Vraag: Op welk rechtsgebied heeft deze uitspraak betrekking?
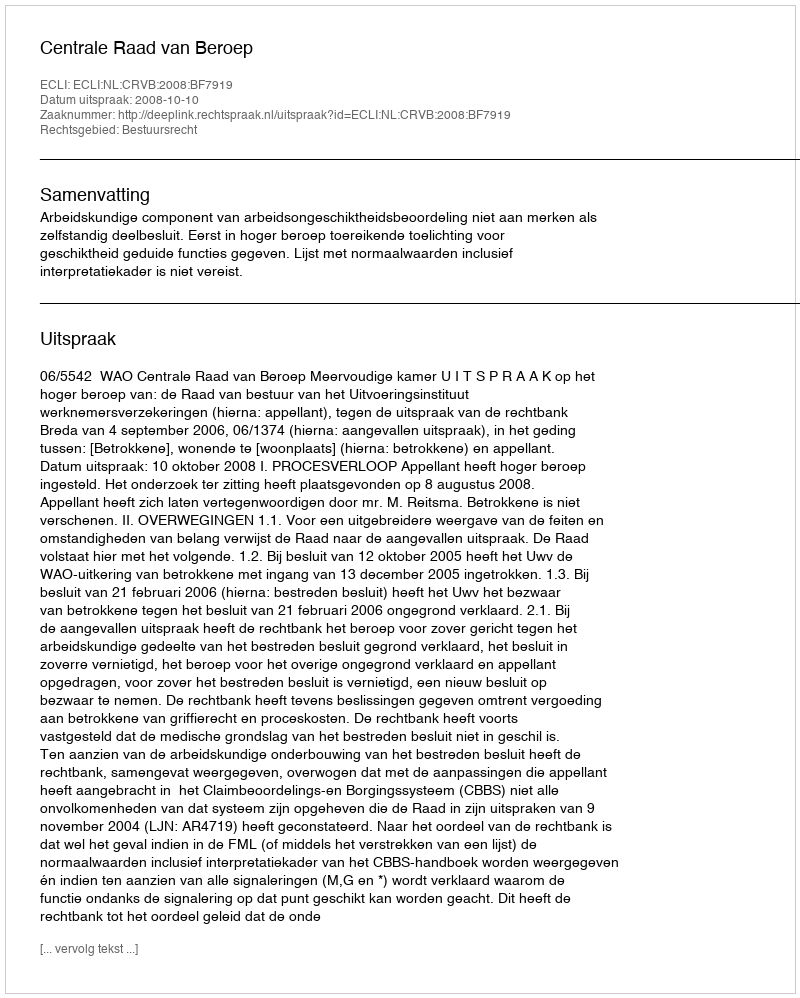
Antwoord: Bestuursrecht